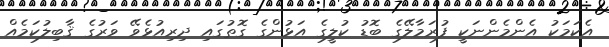
އެކަމަކު އެންމެންނަކީ ފުރަމާލޭގެ ބޮޑު ކުލީގެ އަޅުންގެ ގޮތުގައި ދިރިއުޅެވޭ ވަރުގެ ޤާބިލުކަމެއް